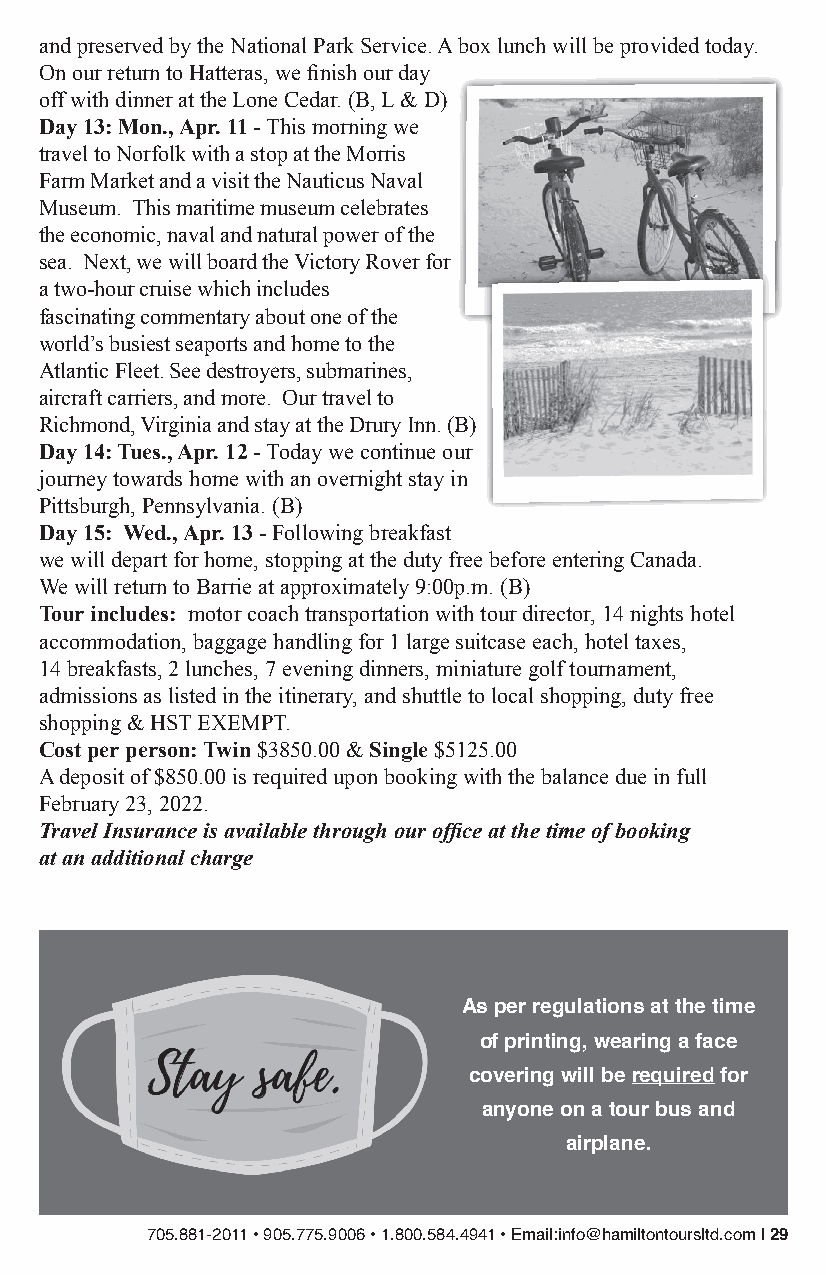
and preserved by the National Park Service. A box lunch will be provided today.
 On our return to Hatteras, we finish our day
 off with dinner at the Lone Cedar. (B, L & D)
 Day 13: Mon., Apr. 11 - This morning we
 travel to Norfolk with a stop at the Morris
 Farm Market and a visit the Nauticus Naval
 Museum. This maritime museum celebrates
 the economic, naval and natural power of the
 sea. Next, we will board the Victory Rover for
 a two-hour cruise which includes
 fascinating commentary about one of the
 world’s busiest seaports and home to the
 Atlantic Fleet. See destroyers, submarines,
 aircraft carriers, and more. Our travel to
 Richmond, Virginia and stay at the Drury Inn. (B)
 Day 14: Tues., Apr. 12 - Today we continue our
 journey towards home with an overnight stay in
 Pittsburgh, Pennsylvania. (B)
 Day 15: Wed., Apr. 13 - Following breakfast
 we will depart for home, stopping at the duty free before entering Canada.
 We will return to Barrie at approximately 9:00p.m. (B)
 Tour includes: motor coach transportation with tour director, 14 nights hotel
 accommodation, baggage handling for 1 large suitcase each, hotel taxes,
 14 breakfasts, 2 lunches, 7 evening dinners, miniature golf tournament,
 admissions as listed in the itinerary, and shuttle to local shopping, duty free
 shopping & HST EXEMPT.
 Cost per person: Twin $3850.00 & Single $5125.00
 A deposit of $850.00 is required upon booking with the balance due in full
 February 23, 2022.
 Travel Insurance is available through our office at the time of booking
 at an additional charge
 As per regulations at the time
 of printing, wearing a face
 covering will be required for
 anyone on a tour bus and
 airplane.
 705.881-2011 • 905.775.9006 • 1.800.584.4941 • Email:info@hamiltontoursltd.com | 29